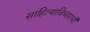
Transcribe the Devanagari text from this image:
साहित्याविचारांची